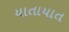
યાતાયાત